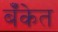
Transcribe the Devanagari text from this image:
बॅँकेत